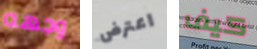
وجهه اعترض كيف